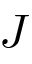
J